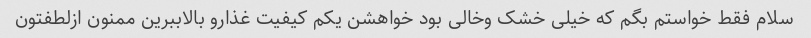
سلام فقط خواستم بگم که خیلی خشک وخالی بود خواهشن یکم کیفیت غذارو بالاببرین ممنون ازلطفتون